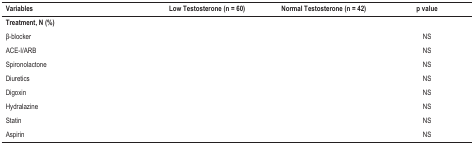
<table><thead><tr><td><b>Variables</b></td><td><b>Low Testosterone (n = 60)</b></td><td><b>Normal Testosterone (n = 42)</b></td><td><b>p value</b></td></tr></thead><tbody><tr><td><b>Treatment, N (%)</b></td><td>[EMPTY_CELL]</td><td>[EMPTY_CELL]</td><td>[EMPTY_CELL]</td></tr><tr><td>β-blocker</td><td>[EMPTY_CELL]</td><td>[EMPTY_CELL]</td><td>NS</td></tr><tr><td>ACE-I/ARB</td><td>[EMPTY_CELL]</td><td>[EMPTY_CELL]</td><td>NS</td></tr><tr><td>Spironolactone</td><td>[EMPTY_CELL]</td><td>[EMPTY_CELL]</td><td>NS</td></tr><tr><td>Diuretics</td><td>[EMPTY_CELL]</td><td>[EMPTY_CELL]</td><td>NS</td></tr><tr><td>Digoxin</td><td>[EMPTY_CELL]</td><td>[EMPTY_CELL]</td><td>NS</td></tr><tr><td>Hydralazine</td><td>[EMPTY_CELL]</td><td>[EMPTY_CELL]</td><td>NS</td></tr><tr><td>Statin</td><td>[EMPTY_CELL]</td><td>[EMPTY_CELL]</td><td>NS</td></tr><tr><td>Aspirin</td><td>[EMPTY_CELL]</td><td>[EMPTY_CELL]</td><td>NS</td></tr></tbody></table>